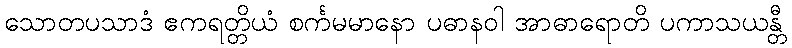
သောတပသာဒံ ဧကရတ္တိယံ စင်္ကမမာနော ပဓာနဝါ အာဓာရောတိ ပကာသယန္တီ